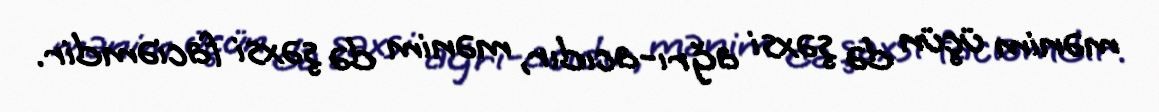
mənim üçün də şəxsi ağrı-acıdır, mənim də şəxsi faciəmdir.